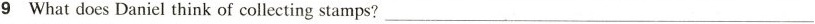
9 What does Daniel think of collecting stamps? ___